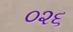
૦૨૬